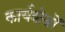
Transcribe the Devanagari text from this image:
कार्यशेडों